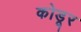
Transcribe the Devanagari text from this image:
कोडूर